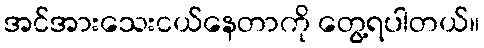
အင်အားသေးငယ်နေတာကို တွေ့ရပါတယ်။